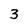
Character: 3